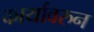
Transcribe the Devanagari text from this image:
कार्यावरुन